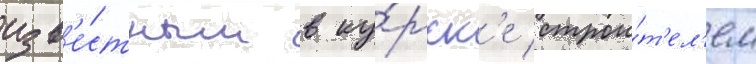
изв'е́стным в ку́рск'е строи́т'ел'ем